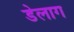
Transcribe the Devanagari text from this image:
डेलाग